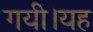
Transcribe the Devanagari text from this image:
गयी।यह